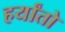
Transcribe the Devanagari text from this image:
हर्यांतो